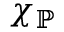
\chi _ { \mathbb { P } }